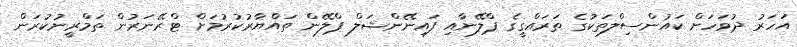
އަހަރު ދުވަހަށް ކައުންސިލްތަކުގެ ތަރައްގީގެ ޕްލޭނާއި ފައިނޭންޝަލް ޕްލޭން ތައްޔާރުކުރުމަށް ޓްރޭނަރުން ތަމްރީނުކުރަން